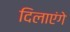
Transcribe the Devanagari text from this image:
दिलाएंगे